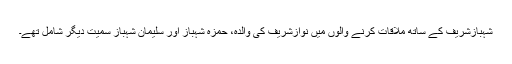
شہبازشریف کے ساتھ ملاقات کرنے والوں میں نوازشریف کی والدہ، حمزہ شہباز اور سلیمان شہباز سمیت دیگر شامل تھے۔